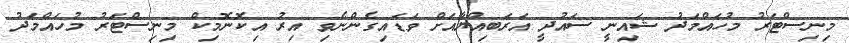
މިނިސްޓަރު މުހައްމަދު ޝައިނީ ސައުދީ އަރަބިއްޔާއަށް ވަޑައިގެންނެވި އިރު އިކޮނޮމިކް މިނިސްޓަރު މުހައްމަދު